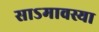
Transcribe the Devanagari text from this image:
साऽमावस्या